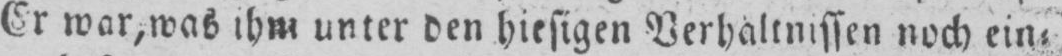
Er war, was ihm unter den hiesigen Verhältnissen noch ein⸗